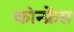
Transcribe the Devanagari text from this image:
कोन्फ्रेंस